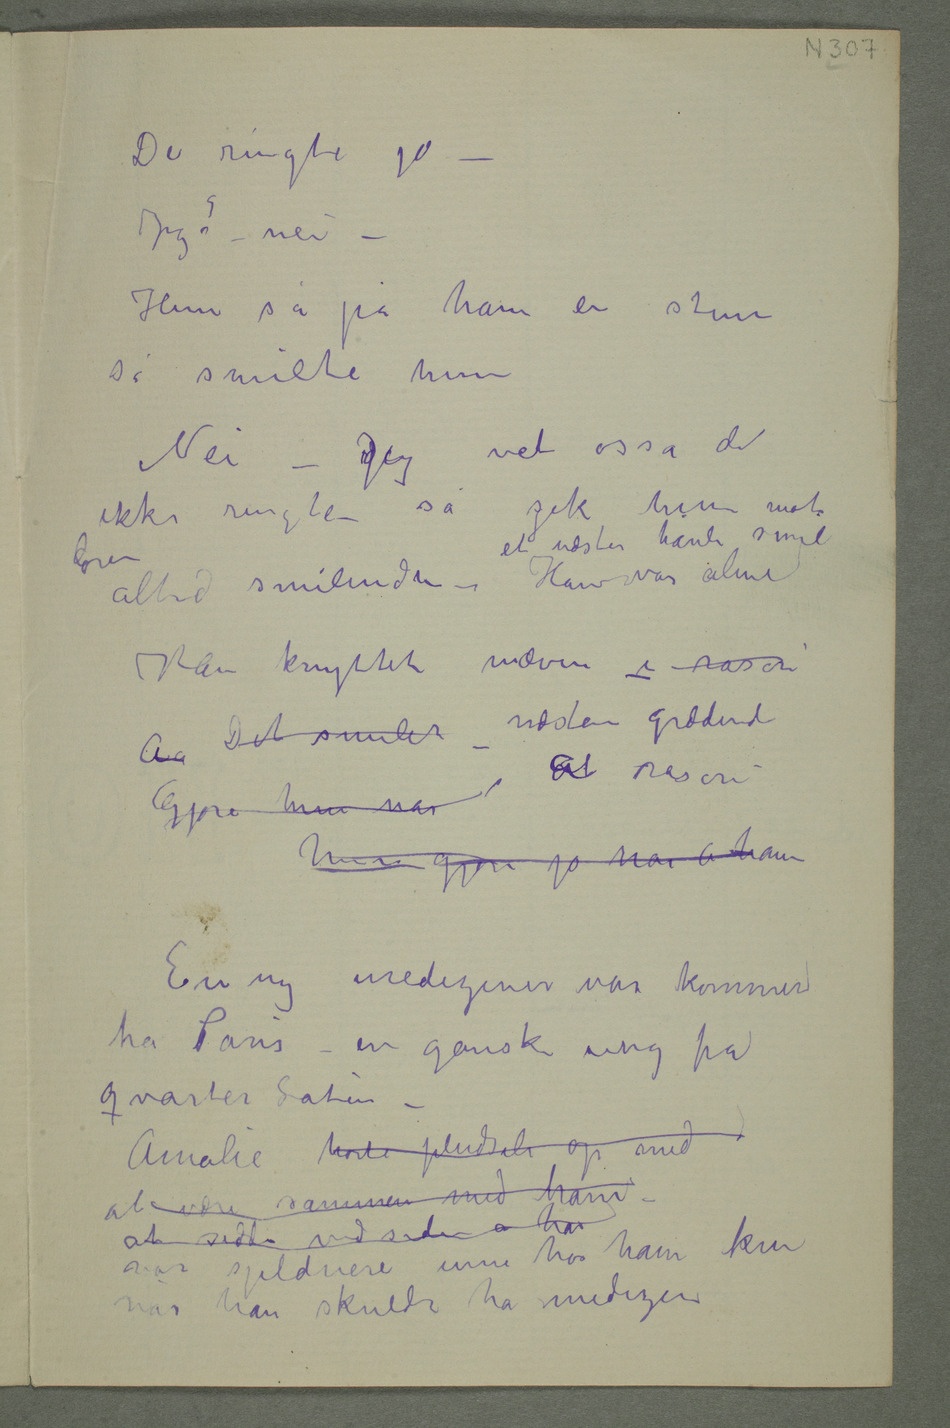
De ringte jo
– Jeg? – nei
– Hun så på ham en stun
så smilte hun
Nei – DJeg vet osså de
ikke ringte – så gik hun mot
døren
altid smilende – et næsten hånli smil Han var alene
Han knyttet næven –i raseri
Aa Det smilet – næsten grædende
a raseri
Gjore hun nar
En ny mediziner var kommet
fra Paris – en ganske ung fra
at være sammen med ham –
at sidde ved siden a han var sjeldnere inne
hos ham kun
når han skulde ha medizin